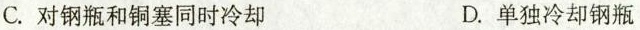
C.对钢瓶和铜塞同时冷却 D.单独冷却钢瓶